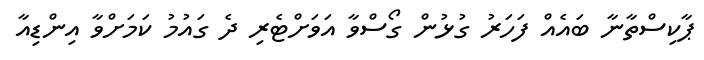
ޕާކިސްތާނާ ބައެއް ފަހަރު ގުޅުން ގޯސްވާ އަވަށްޓެރި ދެ ގައުމު ކަމަށްވާ އިންޑިއާ